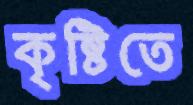
কৃষ্টিতে